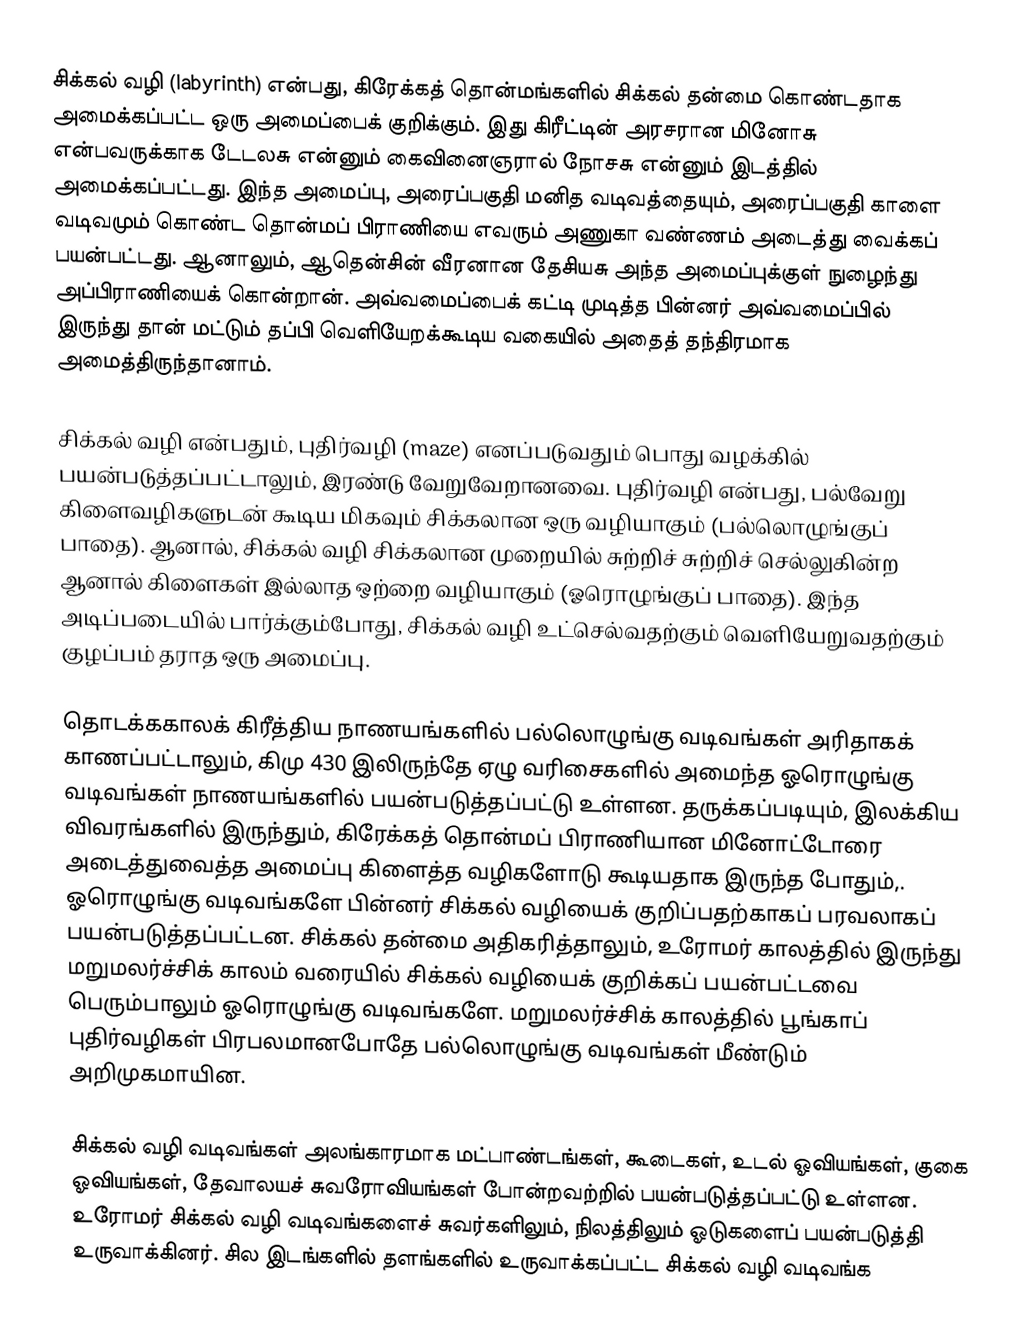
சிக்கல் வழி (labyrinth) என்பது, கிரேக்கத் தொன்மங்களில் சிக்கல் தன்மை கொண்டதாக அமைக்கப்பட்ட ஒரு அமைப்பைக் குறிக்கும். இது கிரீட்டின் அரசரான மினோசு என்பவருக்காக டேடலசு என்னும் கைவினைஞரால் நோசசு என்னும் இடத்தில் அமைக்கப்பட்டது. இந்த அமைப்பு, அரைப்பகுதி மனித வடிவத்தையும், அரைப்பகுதி காளை வடிவமும் கொண்ட தொன்மப் பிராணியை எவரும் அணுகா வண்ணம் அடைத்து வைக்கப் பயன்பட்டது. ஆனாலும், ஆதென்சின் வீரனான தேசியசு அந்த அமைப்புக்குள் நுழைந்து அப்பிராணியைக் கொன்றான். அவ்வமைப்பைக் கட்டி முடித்த பின்னர் அவ்வமைப்பில் இருந்து தான் மட்டும் தப்பி வெளியேறக்கூடிய வகையில் அதைத் தந்திரமாக அமைத்திருந்தானாம்.

சிக்கல் வழி என்பதும், புதிர்வழி (maze) எனப்படுவதும் பொது வழக்கில் பயன்படுத்தப்பட்டாலும், இரண்டு வேறுவேறானவை. புதிர்வழி என்பது, பல்வேறு கிளைவழிகளுடன் கூடிய மிகவும் சிக்கலான ஒரு வழியாகும் (பல்லொழுங்குப் பாதை). ஆனால், சிக்கல் வழி சிக்கலான முறையில் சுற்றிச் சுற்றிச் செல்லுகின்ற ஆனால் கிளைகள் இல்லாத ஒற்றை வழியாகும் (ஓரொழுங்குப் பாதை). இந்த அடிப்படையில் பார்க்கும்போது, சிக்கல் வழி உட்செல்வதற்கும் வெளியேறுவதற்கும் குழப்பம் தராத ஒரு அமைப்பு.

தொடக்ககாலக் கிரீத்திய நாணயங்களில் பல்லொழுங்கு வடிவங்கள் அரிதாகக் காணப்பட்டாலும், கிமு 430 இலிருந்தே ஏழு வரிசைகளில் அமைந்த ஓரொழுங்கு வடிவங்கள் நாணயங்களில் பயன்படுத்தப்பட்டு உள்ளன. தருக்கப்படியும், இலக்கிய விவரங்களில் இருந்தும், கிரேக்கத் தொன்மப் பிராணியான மினோட்டோரை அடைத்துவைத்த அமைப்பு கிளைத்த வழிகளோடு கூடியதாக இருந்த போதும்,.  ஓரொழுங்கு வடிவங்களே பின்னர் சிக்கல் வழியைக் குறிப்பதற்காகப் பரவலாகப் பயன்படுத்தப்பட்டன. சிக்கல் தன்மை அதிகரித்தாலும், உரோமர் காலத்தில் இருந்து மறுமலர்ச்சிக் காலம் வரையில் சிக்கல் வழியைக் குறிக்கப் பயன்பட்டவை பெரும்பாலும் ஓரொழுங்கு வடிவங்களே. மறுமலர்ச்சிக் காலத்தில் பூங்காப் புதிர்வழிகள் பிரபலமானபோதே பல்லொழுங்கு வடிவங்கள் மீண்டும் அறிமுகமாயின.

சிக்கல் வழி வடிவங்கள் அலங்காரமாக மட்பாண்டங்கள், கூடைகள், உடல் ஓவியங்கள், குகை ஓவியங்கள், தேவாலயச் சுவரோவியங்கள் போன்றவற்றில் பயன்படுத்தப்பட்டு உள்ளன. உரோமர் சிக்கல் வழி வடிவங்களைச் சுவர்களிலும், நிலத்திலும் ஓடுகளைப் பயன்படுத்தி உருவாக்கினர். சில இடங்களில் தளங்களில் உருவாக்கப்பட்ட சிக்கல் வழி வடிவங்க